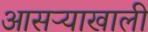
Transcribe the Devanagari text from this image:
आसऱ्याखाली